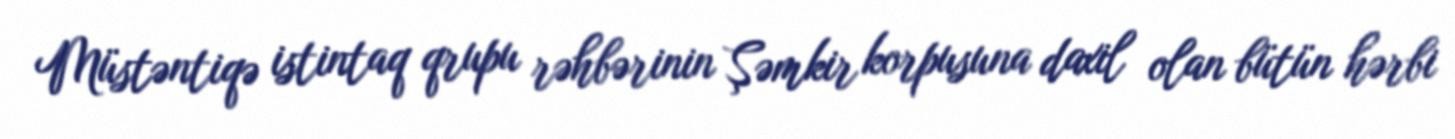
Müstəntiqə istintaq qrupu rəhbərinin Şəmkir korpusuna daxil olan bütün hərbi